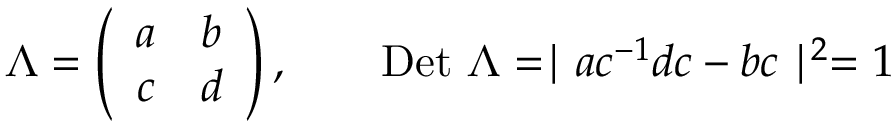
\Lambda = \left( \begin{array} { c c } { { a } } & { { b } } \\ { { c } } & { { d } } \end{array} \right) , ~ ~ ~ ~ ~ ~ \mathrm { D e t } ~ \Lambda = \mid a c ^ { - 1 } d c - b c \mid ^ { 2 } = 1